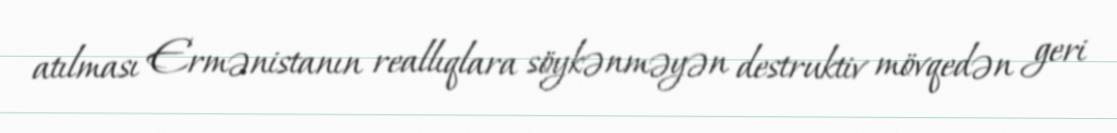
atılması Ermənistanın reallıqlara söykənməyən destruktiv mövqedən geri